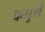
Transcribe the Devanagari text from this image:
बन्धुओँ